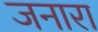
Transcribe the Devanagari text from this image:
जनारा